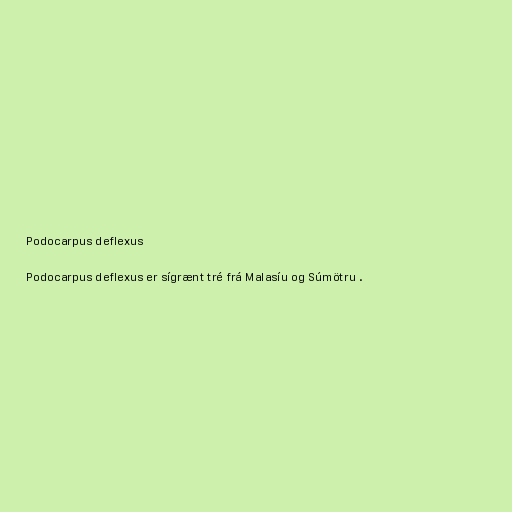
Podocarpus deflexus

Podocarpus deflexus er sígrænt tré frá Malasíu og Súmötru .